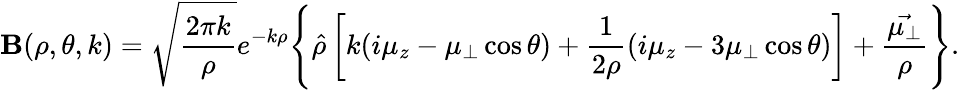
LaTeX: {\mathbf B}(\rho,\theta,k)=\sqrt{\frac{2\pi k}{\rho}}e^{-k\rho}\Biggl\{ \hat{\rho}\left[k(i\mu_{z}-\mu_{\perp}\cos{\theta})+\frac{1}{2\rho}(i\mu_{z}-3\mu_{\perp}\cos{\theta})\right]+\frac{\vec{\mu_{\perp}}}{\rho}\Biggr\} .